Civil Veterinary Dept. Assam report 1927-50 - 1927-1950
Year: 1927
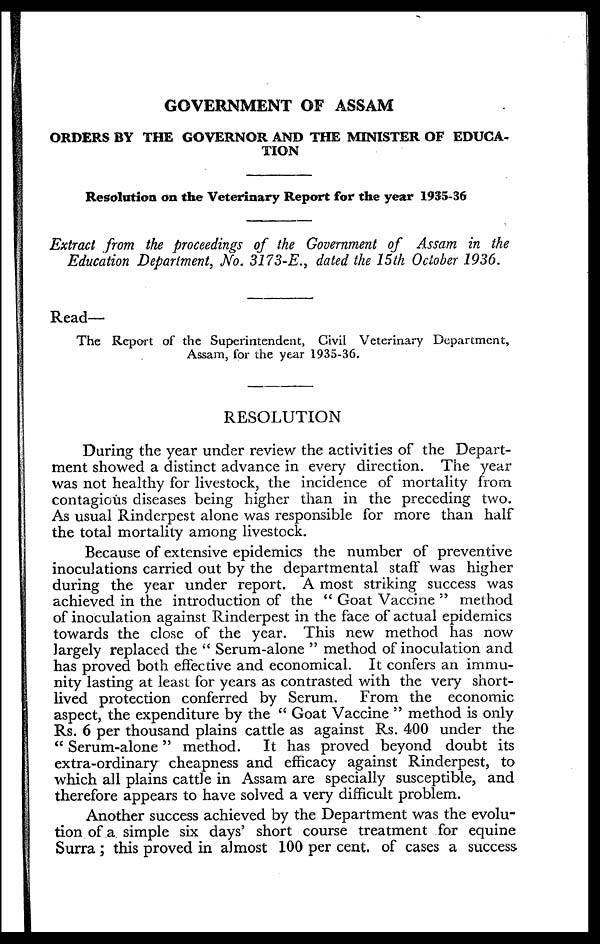
GOVERNMENT OF ASSAM
ORDERS BY THE GOVERNOR AND THE MINISTER OF EDUCA-
TION
Resolution on the Veterinary Report for the year 1935-36
Extract from the proceedings of the Government of Assam in the
Education Department, No. 3173-E., dated the 15th October 1936.
Read—
The Report of the Superintendent, Civil Veterinary Department,
Assam, for the year 1935-36.
RESOLUTION
During the year under review the activities of the Depart-
ment showed a distinct advance in every direction. The year
was not healthy for livestock, the incidence of mortality from
contagious diseases being higher than in the preceding two.
As usual Rinderpest alone was responsible for more than half
the total mortality among livestock.
Because of extensive epidemics the number of preventive
inoculations carried out by the departmental staff was higher
during the year under report. A most striking success was
achieved in the introduction of the " Goat Vaccine " method
of inoculation against Rinderpest in the face of actual epidemics
towards the close of the year. This new method has now
largely replaced the " Serum-alone " method of inoculation and
has proved both effective and economical. It confers an immu-
nity lasting at least for years as contrasted with the very short-
lived protection conferred by Serum. From the economic
aspect, the expenditure by the " Goat Vaccine " method is only
Rs. 6 per thousand plains cattle as against Rs. 400 under the
" Serum-alone" method. It has proved beyond doubt its
extra-ordinary cheapness and efficacy against Rinderpest, to
which all plains cattle in Assam are specially susceptible, and
therefore appears to have solved a very difficult problem.
Another success achieved by the Department was the evolu-
tion of a simple six days' short course treatment for equine
Surra; this proved in almost 100 per cent. of cases a success.